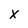
Character: x